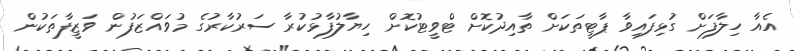
އެއާ ހިލާފަށް ގުޅިފައިވާ ޕާޓީތަކަށް ތާއިދުކޮށް ޓްވީޓުކޮށް ހިޔާލުފާޅުކުރާ ސަރުކާރުގެ މުވައްޒަފުން ވަޒީފާތަކުން